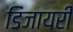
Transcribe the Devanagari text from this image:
डिजायरी